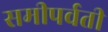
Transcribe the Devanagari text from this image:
समीपर्वती